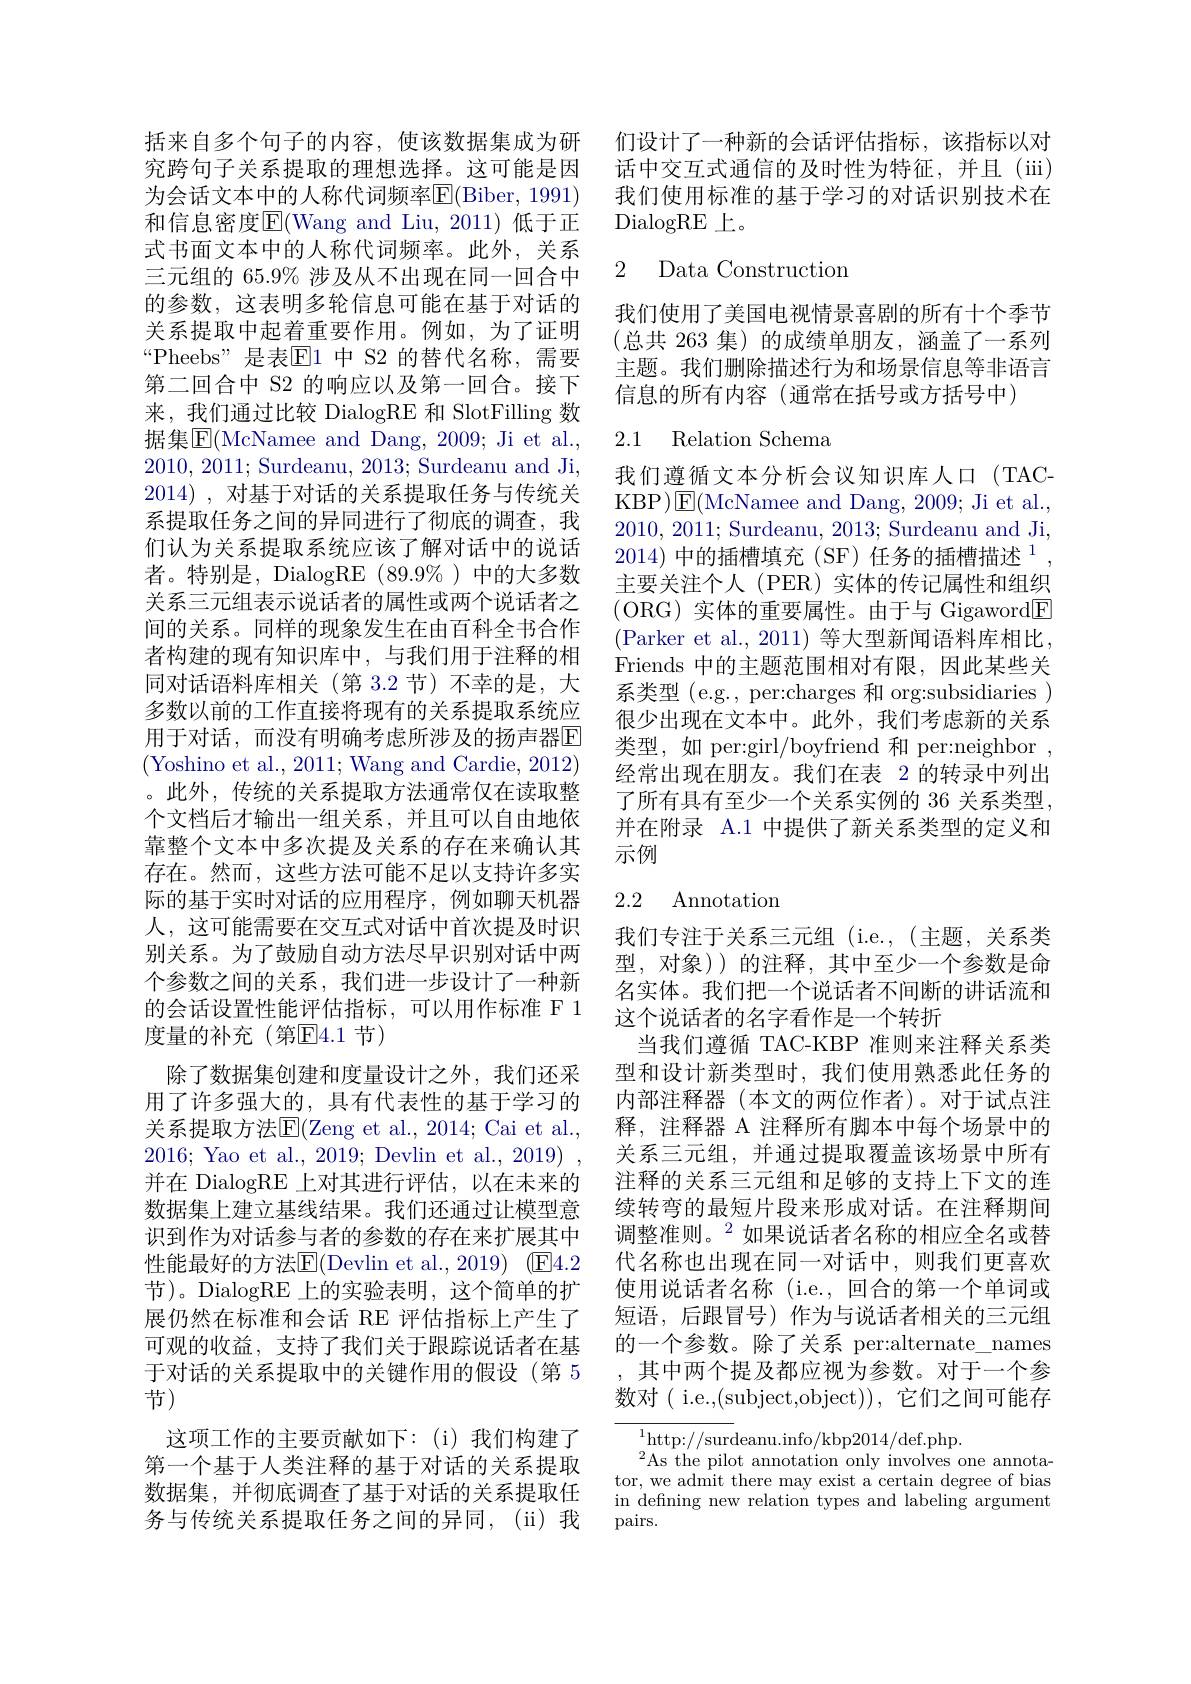
括来自多个句子的内容，使该数据集成为研究跨句子关系提取的理想选择。这可能是因为会话文本中的人称代词频率E(Biber, 1991) 和信息密度$\overline{\mathrm{E}}($Wang and Liu,2011)低于正式书面文本中的人称代词频率。此外，关系三元组的 65.9% 涉及从不出现在同一回合中的参数，这表明多轮信息可能在基于对话的关系提取中起着重要作用。例如，为了证明“Pheebs”是表$\mathbb{E}$1 中 S2 的替代名称，需要第二回合中 S2 的响应以及第一回合。接下来，我们通过比较 DialogRE 和 SlotFilling 数据集$\operatorname{E}($McNamee and Dang, 2009; Ji et al., 2010,2011; Surdeanu, 2013; Surdeanu and Ji, 2014) , 对基于对话的关系提取任务与传统关系提取任务之间的异同进行了彻底的调查，我们认为关系提取系统应该了解对话中的说话者。特别是，DialogRE(89.9%)中的大多数关系三元组表示说话者的属性或两个说话者之间的关系。同样的现象发生在由百科全书合作者构建的现有知识库中，与我们用于注释的相同对话语料库相关(第 3.2 节) 不幸的是，大多数以前的工作直接将现有的关系提取系统应用于对话，而没有明确考虑所涉及的扬声器E (Yoshino et al., 2011; Wang and Cardie, 2012) 。此外，传统的关系提取方法通常仅在读取整个文档后才输出一组关系，并且可以自由地依靠整个文本中多次提及关系的存在来确认其存在。然而，这些方法可能不足以支持许多实际的基于实时对话的应用程序，例如聊天机器人，这可能需要在交互式对话中首次提及时识别关系。为了鼓励自动方法尽早识别对话中两个参数之间的关系，我们进一步设计了一种新的会话设置性能评估指标，可以用作标准 F 1度量的补充(第$\overline{\mathrm{E}}4.1$节)
除了数据集创建和度量设计之外，我们还采用了许多强大的，具有代表性的基于学习的关系提取方法E$( Zeng et al. , 2014; Cai et al. $, 2016; Yao et al., 2019; Devlin et al., 2019) , 并在 DialogRE 上对其进行评估，以在未来的数据集上建立基线结果。我们还通过让模型意识到作为对话参与者的参数的存在来扩展其中性能最好的方法$\overline{\mathrm{E}}($Devlin et al., 2019) (▣E4.2节)。DialogRE 上的实验表明，这个简单的扩展仍然在标准和会话 RE 评估指标上产生了可观的收益，支持了我们关于跟踪说话者在基于对话的关系提取中的关键作用的假设(第 5节)
这项工作的主要贡献如下：(i)我们构建了第一个基于人类注释的基于对话的关系提取数据集，并彻底调查了基于对话的关系提取任务与传统关系提取任务之间的异同，(ii)我

们设计了一种新的会话评估指标，该指标以对话中交互式通信的及时性为特征，并且(iii)

我们使用标准的基于学习的对话识别技术在
DialogRE 上。

## 2 Data Construction

我们使用了美国电视情景喜剧的所有十个季节(总共 263 集)的成绩单朋友，涵盖了一系列主题。我们删除描述行为和场景信息等非语言信息的所有内容(通常在括号或方括号中)

# 2.1 Relation Schema

我们遵循文本分析会议知识库人口(TACKBP$)\boxed{\mathrm{E}}($McNamee and Dang, 2009; Ji et al., 2010, 2011; Surdeanu, 2013; Surdeanu and Ji, $2014)\text{ 中的插槽填充 (SF) 任务的插槽描述 }^{1}$, 主要关注个人(PER)实体的传记属性和组织(ORG)实体的重要属性。由于与 Gigaword$\boxed{\mathrm{F}}$ (Parker et al., 2011) 等大型新闻语料库相比Friends 中的主题范围相对有限，因此某些关系类型 (e.g., per:charges 和 org:subsidiaries ) 很少出现在文本中。此外，我们考虑新的关系类型，如 per:girl/boyfriend 和 per:neighbor , 经常出现在朋友。我们在表 2 的转录中列出了所有具有至少一个关系实例的 36 关系类型并在附录 A.1 中提供了新关系类型的定义和示例

## 2.2 Annotation

我们专注于关系三元组 (i.e., (主题，关系类型，对象))的注释，其中至少一个参数是命名实体。我们把一个说话者不间断的讲话流和这个说话者的名字看作是一个转折
当我们遵循 TAC-KBP 准则来注释关系类型和设计新类型时，我们使用熟悉此任务的内部注释器(本文的两位作者)。对于试点注释，注释器 A 注释所有脚本中每个场景中的关系三元组，并通过提取覆盖该场景中所有注释的关系三元组和足够的支持上下文的连续转弯的最短片段来形成对话。在注释期间调整准则。$^2$如果说话者名称的相应全名或替代名称也出现在同一对话中，则我们更喜欢使用说话者名称 (i.e., 回合的第一个单词或短语，后跟冒号)作为与说话者相关的三元组的一个参数。除了关系 per:alternate\_names ,其中两个提及都应视为参数。对于一个参数对( i.e.,(subject,object)), 它们之间可能存

$^{1}$http://surdeanu.info/kbp2014/def.php.
$^{2}$As the pilot annotation only involves one annotator, we admit there may exist a certain degree of bias in defining new relation types and labeling argument pairs.